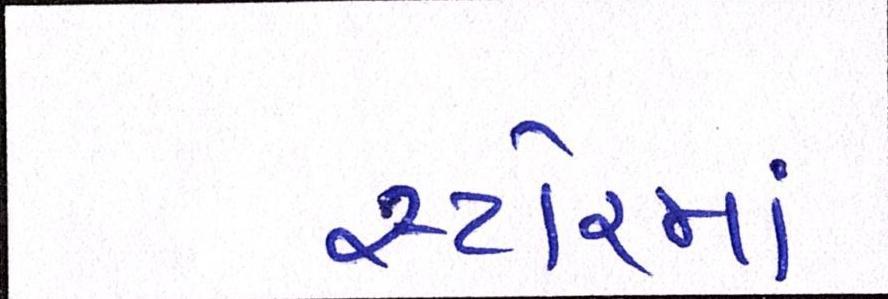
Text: સ્ટોરમાં